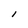
Character: l